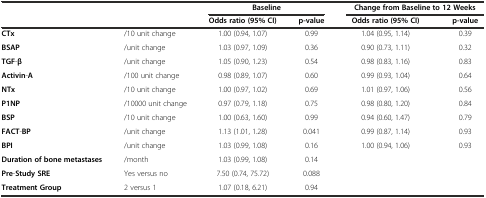
<table><thead><tr><td rowspan="2" colspan="2"></td><td colspan="2"><b>Baseline</b></td><td colspan="2"><b>Change from Baseline to 12 Weeks</b></td></tr><tr><td><b>Odds ratio (95% CI)</b></td><td><b>p-value</b></td><td><b>Odds ratio (95% CI)</b></td><td><b>p-value</b></td></tr></thead><tbody><tr><td><b>CTx</b></td><td>/10 unit change</td><td>1.00 (0.94, 1.07)</td><td>0.99</td><td>1.04 (0.95, 1.14)</td><td>0.39</td></tr><tr><td><b>BSAP</b></td><td>/unit change</td><td>1.03 (0.97, 1.09)</td><td>0.36</td><td>0.90 (0.73, 1.11)</td><td>0.32</td></tr><tr><td><b>TGF</b>-<b>β</b></td><td>/unit change</td><td>1.05 (0.90, 1.23)</td><td>0.54</td><td>0.98 (0.83, 1.16)</td><td>0.83</td></tr><tr><td><b>Activin</b>-<b>A</b></td><td>/100 unit change</td><td>0.98 (0.89, 1.07)</td><td>0.60</td><td>0.99 (0.93, 1.04)</td><td>0.64</td></tr><tr><td><b>NTx</b></td><td>/10 unit change</td><td>1.00 (0.97, 1.02)</td><td>0.69</td><td>1.01 (0.97, 1.06)</td><td>0.56</td></tr><tr><td><b>P1NP</b></td><td>/10000 unit change</td><td>0.97 (0.79, 1.18)</td><td>0.75</td><td>0.98 (0.80, 1.20)</td><td>0.84</td></tr><tr><td><b>BSP</b></td><td>/10 unit change</td><td>1.00 (0.63, 1.60)</td><td>0.99</td><td>0.94 (0.60, 1.47)</td><td>0.79</td></tr><tr><td><b>FACT</b>-<b>BP</b></td><td>/unit change</td><td>1.13 (1.01, 1.28)</td><td>0.041</td><td>0.99 (0.87, 1.14)</td><td>0.93</td></tr><tr><td><b>BPI</b></td><td>/unit change</td><td>1.03 (0.99, 1.08)</td><td>0.16</td><td>1.00 (0.94, 1.06)</td><td>0.93</td></tr><tr><td><b>Duration of bone metastases</b></td><td>/month</td><td>1.03 (0.99, 1.08)</td><td>0.14</td><td></td><td></td></tr><tr><td><b>Pre</b>-<b>Study SRE</b></td><td>Yes versus no</td><td>7.50 (0.74, 75.72)</td><td>0.088</td><td></td><td></td></tr><tr><td><b>Treatment Group</b></td><td>2 versus 1</td><td>1.07 (0.18, 6.21)</td><td>0.94</td><td></td><td></td></tr></tbody></table>